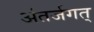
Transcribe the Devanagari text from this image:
अंतर्जगत्‌